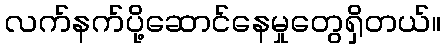
လက်နက်ပို့ဆောင်နေမှုတွေရှိတယ်။